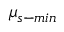
\mu _ { s - m i n }